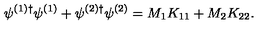
\psi ^ { ( 1 ) \dag } \psi ^ { ( 1 ) } + \psi ^ { ( 2 ) \dag } \psi ^ { ( 2 ) } = M _ { 1 } K _ { 1 1 } + M _ { 2 } K _ { 2 2 } .